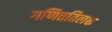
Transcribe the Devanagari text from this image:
गणिततिलक